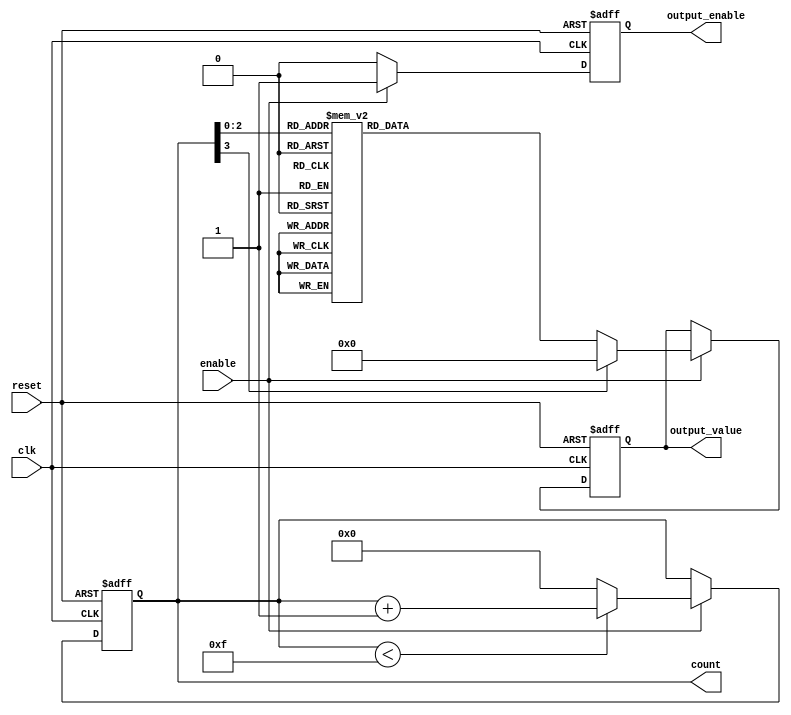
module synchronous_counter (
    input wire clk,           // Clock input
    input wire enable,        // Enable input
    input wire reset,         // Asynchronous reset
    output reg [3:0] count,   // 4-bit counter state register
    output reg output_enable,  // Output enable signal
    output reg [7:0] output_value // Conditional output based on count value
);

// Counter maximum value (for a 4-bit counter)
parameter MAX_COUNT = 4'b1111;

// Always block for synchronous counting and output control logic
always @(posedge clk or posedge reset) begin
    if (reset) begin
        count <= 4'b0000; // Reset counter to 0
        output_enable <= 1'b0; // Disable output on reset
        output_value <= 8'b00000000; // Clear output value
    end else if (enable) begin
        if (count < MAX_COUNT) begin
            count <= count + 1; // Increment counter
        end else begin
            count <= 4'b0000; // Wrap around to 0
        end
        
        // Output control logic based on current count value
        output_enable <= 1'b1; // Enable output
        case (count)
            4'b0000: output_value <= 8'b00000001; // Example output for count 0
            4'b0001: output_value <= 8'b00000010; // Example output for count 1
            4'b0010: output_value <= 8'b00000100; // Example output for count 2
            4'b0011: output_value <= 8'b00001000; // Example output for count 3
            4'b0100: output_value <= 8'b00010000; // Example output for count 4
            4'b0101: output_value <= 8'b00100000; // Example output for count 5
            4'b0110: output_value <= 8'b01000000; // Example output for count 6
            4'b0111: output_value <= 8'b10000000; // Example output for count 7
            default: output_value <= 8'b00000000; // Default case
        endcase
    end else begin
        output_enable <= 1'b0; // Disable output when not enabled
    end
end

endmodule